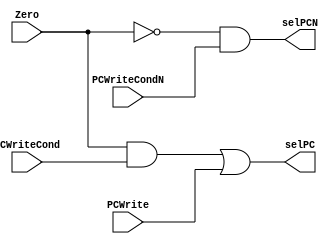
`timescale 1ns / 1ps
//////////////////////////////////////////////////////////////////////////////////
// Company: 
// Engineer: 
// 
// Design Name: 
// Module Name:    LogicaCombinacionalPC 
// Project Name: 
// Target Devices: 
// Tool versions: 
// Description: 
//
// Dependencies: 
//
// Revision: 
// Revision 0.01 - File Created
// Additional Comments: 
//
//////////////////////////////////////////////////////////////////////////////////
module LogicaCombinacionalPC(
    input Zero,
    input PCWriteCond,
	 input PCWriteCondN,
    input PCWrite,
    output reg selPC,
	 output reg selPCN
    );

	initial begin
		selPC <= 0;
		selPCN <= 0;
	end
	
	always @ (*) begin
		selPC <= (Zero & PCWriteCond) | PCWrite;
		selPCN <= (!Zero & PCWriteCondN);
	end
	
endmodule